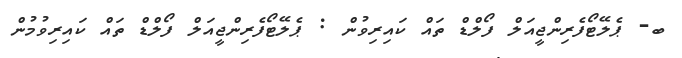
ބ- ޕެލޭޓޯފެރިންޖީއަލް ފޯލްޑް ތައް ކައިރިވުން : ޕެލޭޓޯފެރިންޖީއަލް ފޯލްޑް ތައް ކައިރިވުމުން